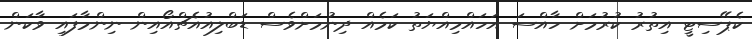
ކެޕޭސިޓީ އިތުރު ކުރުމަށް ހާއްސަ އަހައްމިއްޔަތު ކަމެއް ދިނުމަށްވެސް ޑަބްލިއުއެޗްއޯއިން ނިންމާފައި ވާކަން